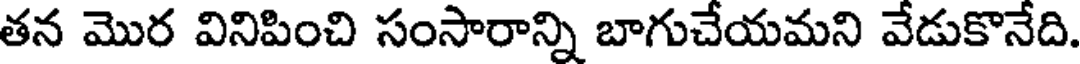
తన మొర వినిపించి సంసారాన్ని బాగుచేయమని వేడుకొనేది.